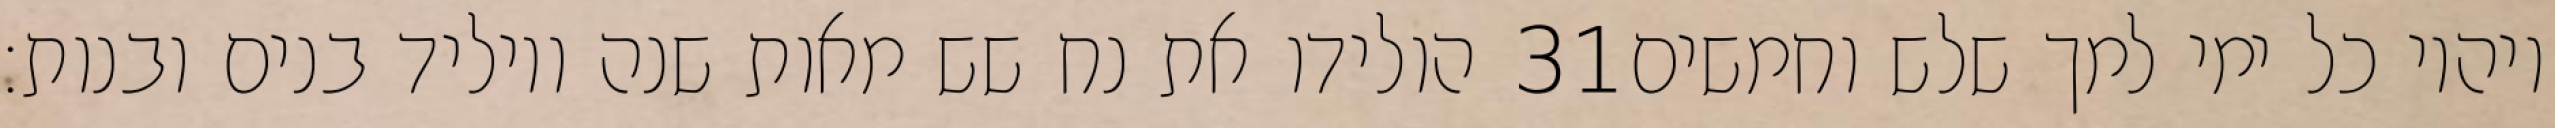
הולידו את נח שש מאות שנה ויוליד בנים ובנות׃ ‎31‏ ויהיו כל ימי למך שלש וחמשים